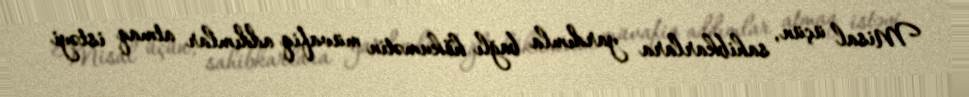
Misal üçün, sahibkarlara yardımla bağlı hökumətin müvafiq addımlar atmaq istəyi